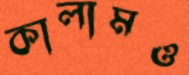
কালামও